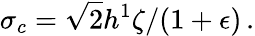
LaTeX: \sigma_{c}={\sqrt{2}h^{1}\zeta}/{(1+\epsilon)}\, .